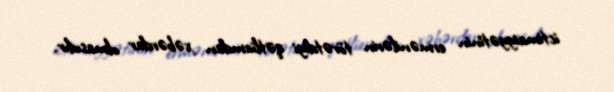
ictimaiyyətinin ermənilərin törətdiyi qətliamdan xəbərdar olmasıdır.